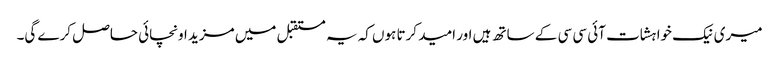
میری نیک خواہشات آئی سی سی کے ساتھ ہیں اور امید کرتا ہوں کہ یہ مستقبل میں مزید اونچائی حاصل کرے گی۔